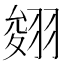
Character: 𦑂